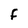
Character: F